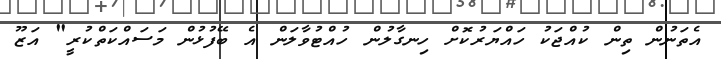
އެތަނުން ތިން ކުއްޖަކު ހައްޔަރުކޮށް ހިނގާލުން ހުއްޓުވާލަން އެ ބޭފުޅުން މަސައްކަތްކުރީ" އަޒޫ